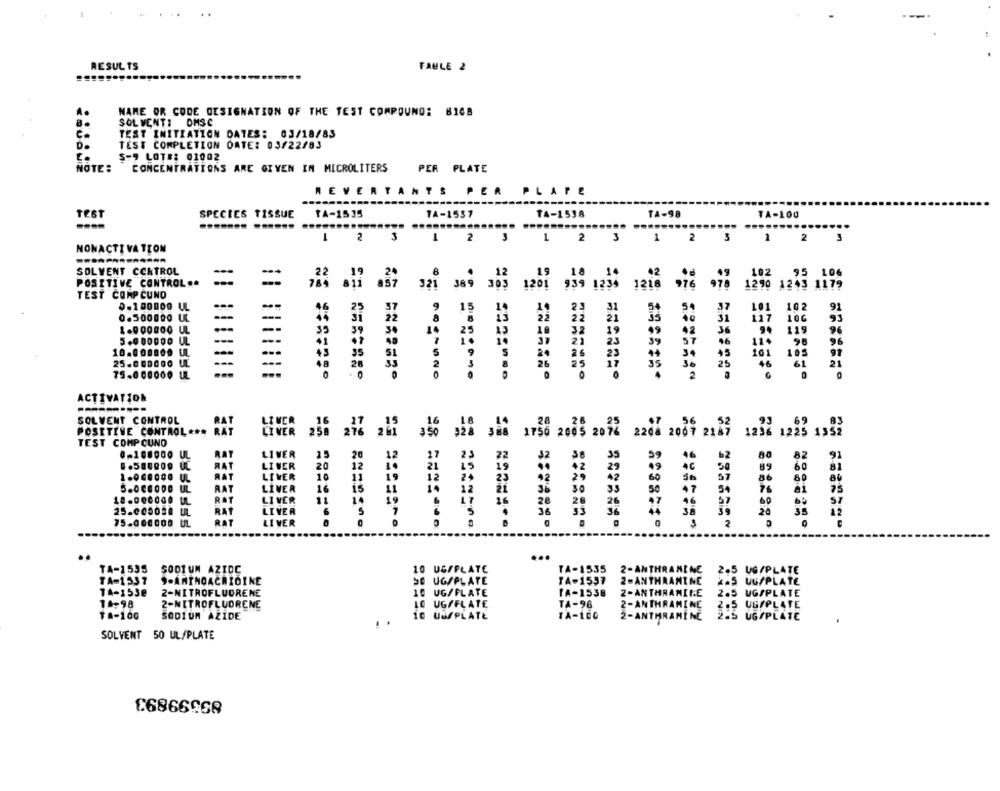
RESULTS
FAULE 2
NAME OR CODE OESIGNATION OF THE TEST COMPOUND: BIC8
8
SOL VENT: DMSC
TEST INITIATION DATES: 03/18/83
TEST COMPLETION DATE: 03/22/83
S-9 LOTE: 01002
NOTE :
CONCENTRATIONS ARE GIVEN IM MICROLITERS
PER PLATE
REVERTANTS PER PLATE
PER PLATE
TEST
SPECIES TISSUE
TA-1535
14-1537
14-1538
TA-98
TA-100
2
3
1
2
3
2
3
1
2
3
1
2
3
NONACTIVATION
SOLVENT CONTROL
102 25 106
POSITIVE CONTROL ..
...
321
1290 1243 1179
TEST COMP CUND
389 303 1201 939 1234 1218
0- 100000 UL
46
25
37
9
15
14
31
54
54
37
101
102
0.500000 UL
--
8
44
31
22
21
35
31
117
106
--
35
39
14
13
10
42
36
119
96
5.000000 UL
---
--
30
1.
96
10.00.000 1
51
5
S
34 45
101 103
97
25.000000 UL
33
2
8
30
46
20
26 25 17
25
75.000000 UL
ACTIVATION
SOLVENT CONTROL
LIVER
POSITIVE CONTROL ***
LIVER
350 324 300 1750 2005 2072 2200 2007 2119 1234 1225 1959
TEST COMPOUND
0-100000 UL
RAY
LIVER
15
20
15
27
23
35
46
62
82
WAT
LIVER
20
10
21
49
5
WAT
10
12
24
57
89
LIVER
11
12
60
86
RAT
LIVER
16
is
11
14
12
50
54
LIVER
47
18.000000 IL
RAT
47
96
57
25.005020 UL
RAT
LIVER
S
20
35 12
75-000000 UL
RAT
LIVER
0
0
3
2
O
....
..
...
TA-1535
SODIUM AZIDE
10 UG/PLATE
TA-1535
2-ANTHRANINE
2.5 UG/PLATE
TA-1537
9-AMINOACRIOINE
SO UGSPLATE
TA-1557
2-ANTHAAMINE
2.5 UG/PLATE
TA-153e
2-NITROFLUORENE
10 UG/FLATE
TA-1538
2-ANTHRAMINE
2.5 UG/PLATE
14-98
2-NITROFLUORENE
LO UGFFLATE
TA-96
2-ANTHRAMINE
2.5 UGOPLATE
TA-100
SODIUM AZIDE
10 UNPLATŁ
TA-100
2-ANTHRAMINE
SOLVENT 50 UL/PLATE
£6866968